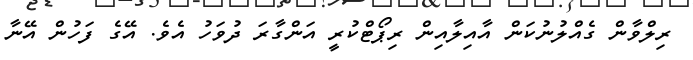
ރިލްވާން ގެއްލުނުކަން އާއިލާއިން ރިޕޯޓްކުރީ އަންގާރަ ދުވަހު އެވެ. އޭގެ ފަހުން އޭނާ